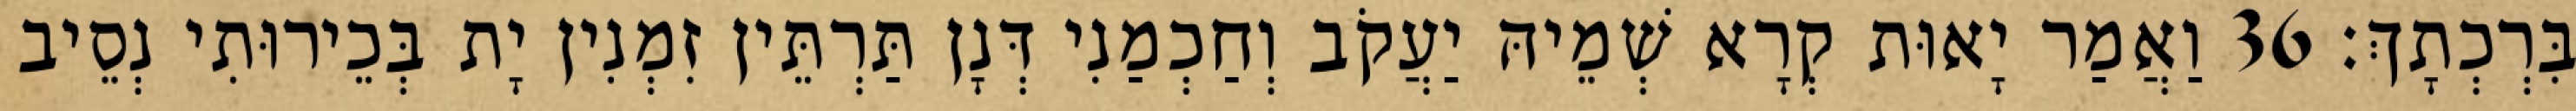
בִּרְכְתָךְ׃ 36 וַאֲמַר יָאוּת קְרָא שְׁמֵיהּ יַעֲקֹב וְחַכְמַנִי דְּנָן תַּרְתֵּין זִמְנִין יָת בְּכֵירוּתִי נְסֵיב